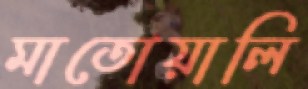
মাতোয়ালি